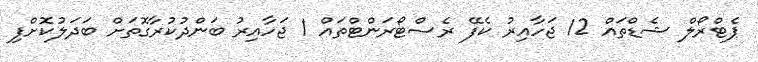
ޕެޓްރޯލް ޝެޑްތައް 12 ޖަހާއިރު ކެފޭ ރެސްޓޯރަންޓްތައް 1 ޖަހާއިރު ބަންދުކުރާގޮތަށް ބަދަލުކޮށްފި